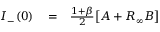
\begin{array} { r l r } { I _ { - } ( 0 ) } & { { } = } & { \frac { 1 + \beta } { 2 } \big [ A + R _ { \infty } B \big ] } \end{array}